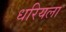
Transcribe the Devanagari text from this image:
धरियला